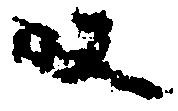
段